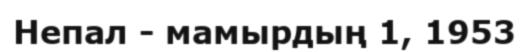
Непал - мамырдың 1, 1953